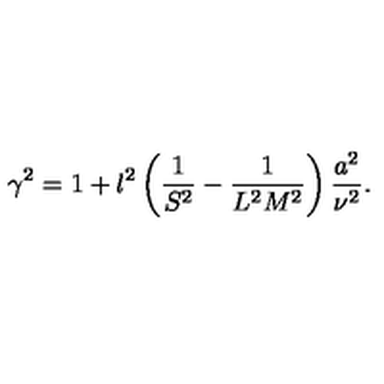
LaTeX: \gamma ^ { 2 } = 1 + l ^ { 2 } \left( \frac { 1 } { S ^ { 2 } } - \frac { 1 } { L ^ { 2 } M ^ { 2 } } \right) \frac { a ^ { 2 } } { \nu ^ { 2 } } .